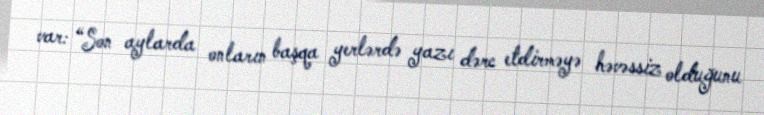
var: “Son aylarda onların başqa yerlərdə yazı dərc etdirməyə həvəssiz olduğunu